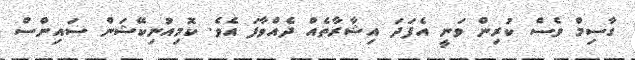
ގާސިމް ވެސް ކުރިން ވަނީ އެފަދަ އިޝާރާތެއް ދެއްވާފަ އެވެ. ކޮމިއުނިކޭޝަން ސައިންސް